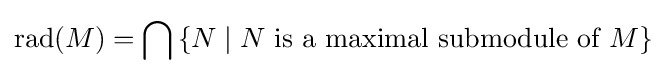
\mathrm {rad} (M)=\bigcap \,\{N\mid N{\mbox{ is a maximal submodule of }}M\}